Report of the Bombay Plague Committee
Disease focus: Plague
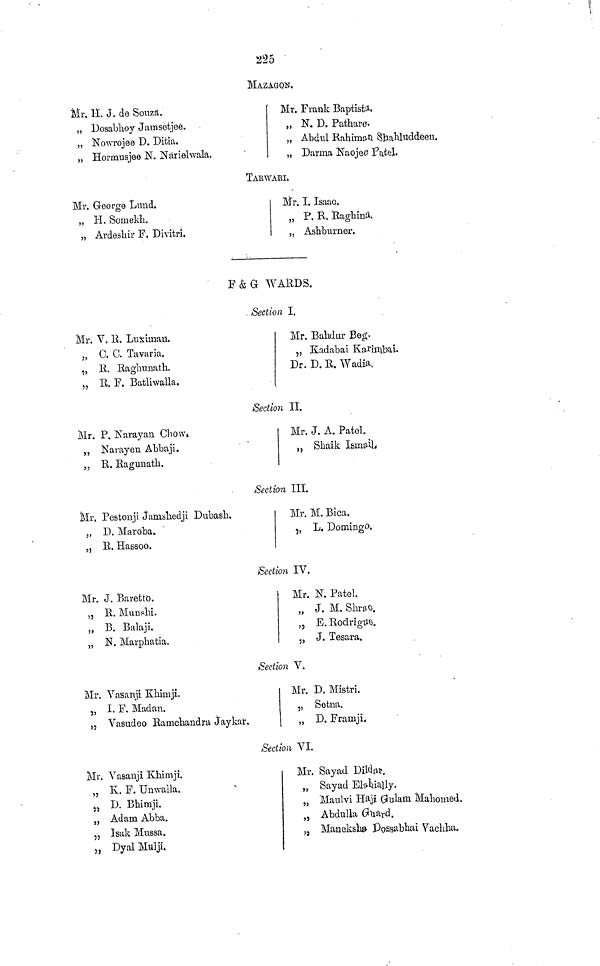
225
MAZAGON.
Mr. 11. J. de Souzrt.
„ Dosabhoy Jamsetjee.
„ Nowrojee D. Ditia.
„ Hormusjee N. Narielwala.
Mr. Frank Bapfcistd,
„ N. D. Pathare.
„ Abdul Rahimo-ti Sbahluddeen.
„ Darina Naojee Fiitel.
TAKWARI.
Mr. George Lund.
„ H. Somekh.
„ Ardesliir F» DhitrL
Mr. I. Isaac.
„ P. R. Ragbina,
„ Ashburner.
F&G WARDS.
Section I.
Mr. V. R. Luxiinart.
„ C. C. Tavaria.
,, R. Raglranath.
„ 11. F. Batliwalla*
Mr. Bahdur Beg.
„ Kadabai Kai'iji\bai.
Dr. D. R. Wadia.
Section II.
Mr. P. Narayan Chow»
,, Narayen ALbaji.
„ R. Ragunath.
Mr. J. A. Patel.
,, Sliaik IsiaiiiL
Section III.
Mr. Pestonji Janialiedji Dubasb.
,, D. Maroba.
,j R. Habsoo.
Mr. M. Bica.
5, L. Domingo,
Section IV.
Mr. J. Baretto.
,, R. MunsH.
,, B. Balaji.
„ N. Marphatia.
Mr. N. Patel.
„ J. M. Shr&o.
5) E. RodrigUQ.
., J. Tesara.
Section V.
Mr. Vasanji Khimji.
„ I.F.Madan.
,j Vasudoo Ramcliandra Jaykar.
Mr. D. Mistri.
„ Setna.
„ D. Framji,
Section VI.
Mi. Vasanji Khimji.
„ K. F. Unwalla.
î5
D. Bhimji.
„ Adam Abba.
„ Isak Mussa.
>, DyalMulji.
Mr. Say ad DitóíWf.
„ Say ad Ehhially.
„ Manlvi Hajx Grulam Mahomed.
„ Abdulla öuard.
, 3 Maneksh» Pos^bhai Vacliha.